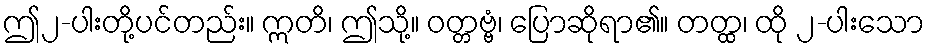
ဤ၂-ပါးတို့ပင်တည်း။ ဣတိ၊ ဤသို့။ ဝတ္တဗ္ဗံ၊ ပြောဆိုရာ၏။ တတ္ထ၊ ထို ၂-ပါးသော